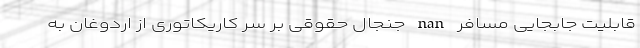
قابلیت جابجایی مسافر nan جنجال حقوقی بر سر کاریکاتوری از اردوغان به